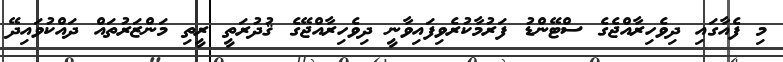
މި ފެއާގައި ދިވެހިރާއްޖެގެ ސްޓޭންޑު ފަރުމާކުރެވިފައިވާނީ ދިވެހިރާއްޖޭގެ ޤުދުރަތީ ރީތި މަންޒަރުތައް ދައްކުވައިދޭ